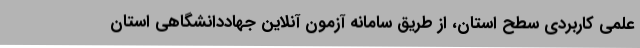
علمی کاربردی سطح استان، از طریق سامانه آزمون آنلاین جهاددانشگاهی استان